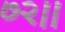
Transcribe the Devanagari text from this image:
७२।।